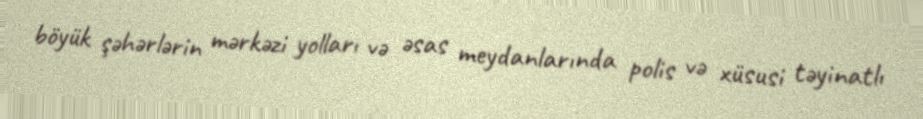
böyük şəhərlərin mərkəzi yolları və əsas meydanlarında polis və xüsusi təyinatlı